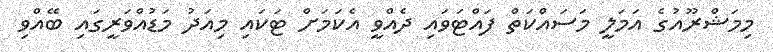
މިމަޝްރޫއުގެ އަމަލީ މަސައްކަތް ފައްޓަވައި ދެއްވީ އެކަމަށް ޓަކައި މިއަދު މަޑުއްވަރީގައި ބޭއްވި